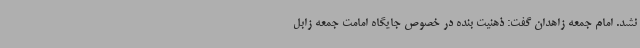
نشد. امام جمعه زاهدان گفت: ذهنیت بنده در خصوص جایگاه امامت جمعه زابل